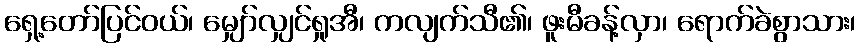
ရှေ့တော်ပြင်ဝယ်၊ မျှော်လျှင်ရှုအီ၊ ကလျက်သီ၏၊ ဖူးမီခန့်လှာ၊ ရောက်ခဲစွာသား၊